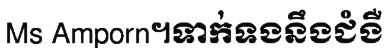
Ms Amporn។ទាក់ទងនឹងជំងឺ